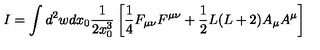
I = \int d ^ { 2 } w d x _ { 0 } \frac { 1 } { 2 x _ { 0 } ^ { 3 } } \left[ \frac 1 4 F _ { \mu \nu } F ^ { \mu \nu } + \frac 1 2 L ( L + 2 ) A _ { \mu } A ^ { \mu } \right]